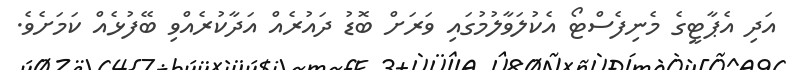
އަދި އެޕާޓީގެ މެނިފެސްޓޯ އެކުލަވާލުމުގައި ވަރަށް ބޮޑު ދައުރެއް އަދާކުރެއްވި ބޭފުޅެއް ކަމަށެވެ.